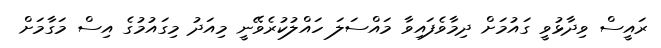
ރައީސް ވިދާޅުވީ ގައުމަށް ދިމާވެފައިވާ މައްސަލަ ހައްލުކުރެވޭނީ މިއަދު މިގައުމުގެ އިސް މަގާމަށް